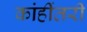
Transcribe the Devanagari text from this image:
कांहींतरी